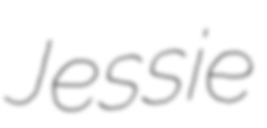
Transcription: Jessie